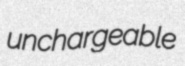
unchargeable